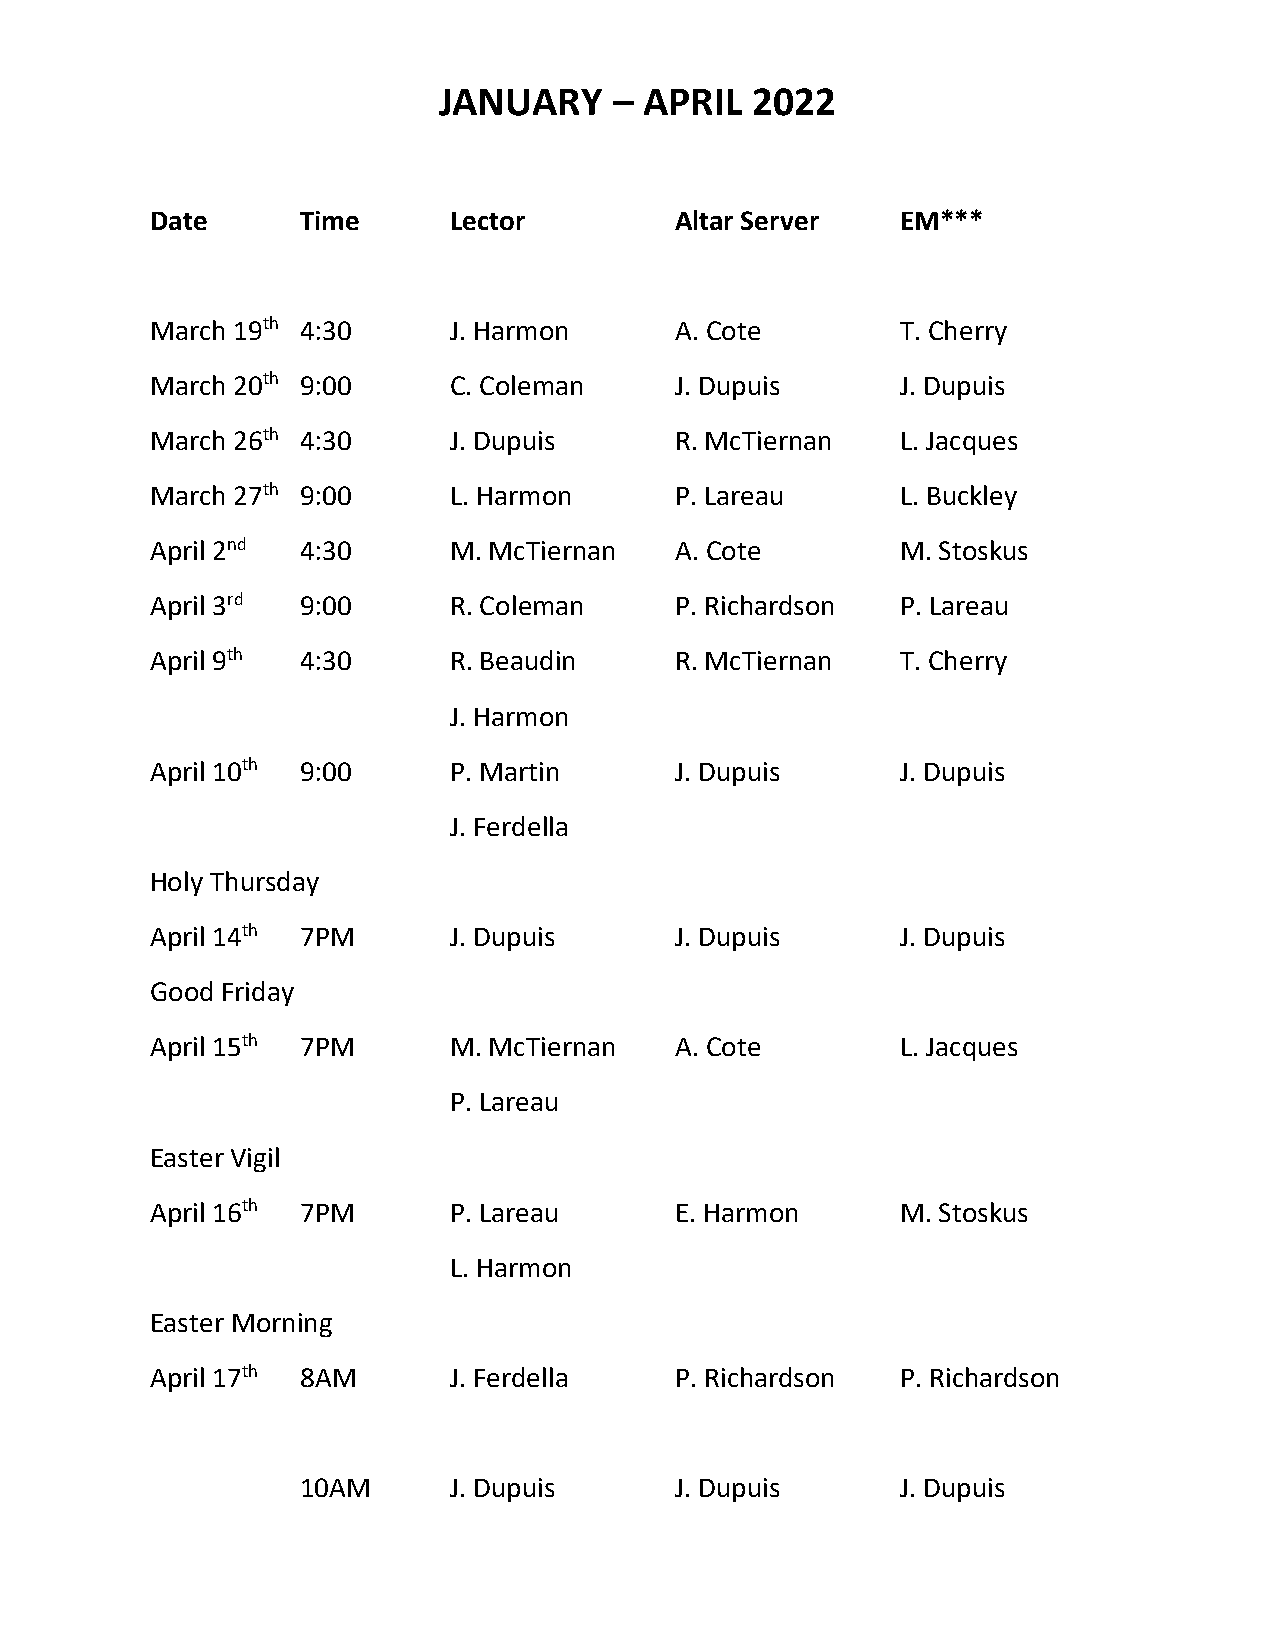
JANUARY     – APRIL  2022
 Date      Time      Lector         Altar Server   EM***
 March 19th 4:30     J. Harmon      A. Cote        T. Cherry
 March 20th 9:00     C. Coleman     J. Dupuis      J. Dupuis
 March 26th 4:30     J. Dupuis      R. McTiernan   L. Jacques
 March 27th 9:00     L. Harmon      P. Lareau      L. Buckley
 April 2nd 4:30      M. McTiernan   A. Cote        M. Stoskus
 April 3rd 9:00      R. Coleman     P. Richardson  P. Lareau
 April 9th 4:30      R. Beaudin     R. McTiernan   T. Cherry
 J. Harmon
 April 10th 9:00     P. Martin      J. Dupuis      J. Dupuis
 J. Ferdella
 Holy Thursday
 April 14th 7PM      J. Dupuis      J. Dupuis      J. Dupuis
 Good Friday
 April 15th 7PM      M. McTiernan   A. Cote        L. Jacques
 P. Lareau
 Easter Vigil
 April 16th 7PM      P. Lareau      E. Harmon      M. Stoskus
 L. Harmon
 Easter Morning
 April 17th 8AM      J. Ferdella    P. Richardson  P. Richardson
 10AM      J. Dupuis      J. Dupuis      J. Dupuis